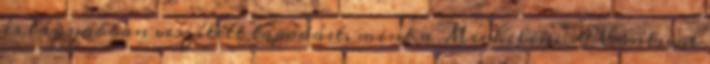
és lágyabban veszített tapadást, mint a Michelin. A Contival